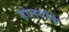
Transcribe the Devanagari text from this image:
होलयोके